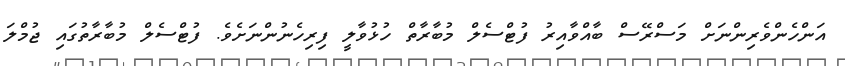
އަންހެންވެރިންނަށް މަސްރޭސް ބާއްވާއިރު ފުޓްސެލް މުބާރާތް ހުޅުވާލީ ފިރިހެނުންނަށެވެ. ފުޓްސެލް މުބާރާތުގައި ޖުމްލަ